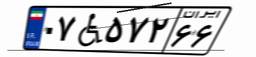
۰۷W۵۷۲۶۶